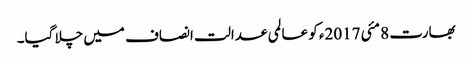
بھارت 8 مئی 2017ء کو عالمی عدالت انصاف میں چلا گیا۔